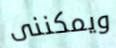
ويمكننى